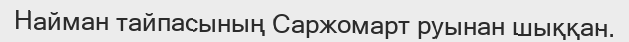
Найман тайпасының Саржомарт руынан шыққан.